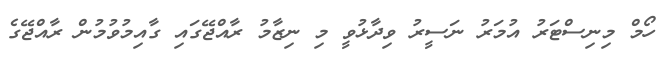
ހޯމް މިނިސްޓަރު އުމަރު ނަސީރު ވިދާޅުވީ މި ނިޒާމު ރާއްޖޭގައި ގާއިމުވުމުން ރާއްޖޭގެ